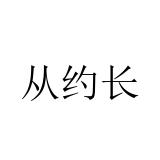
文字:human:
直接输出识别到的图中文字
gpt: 从约长